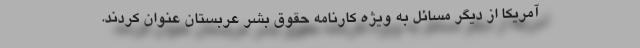
آمریکا از دیگر مسائل به ویژه کارنامه حقوق بشر عربستان عنوان کردند.